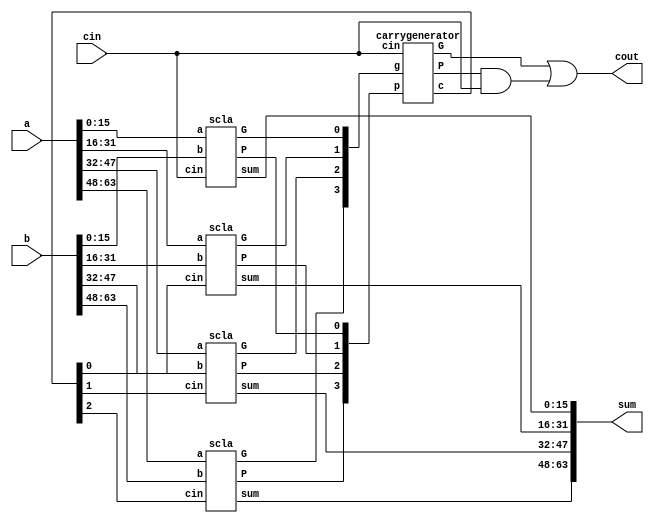
module sixtyfourbitscarrylookaheadadder(a,b,cin,sum,cout);
	input [63:0]a,b;
	input cin;
	output [63:0]sum;
	output cout;
	wire [3:1]c;
	wire [3:0]p,g;
	scla u1(a[15:0],b[15:0],cin,sum[15:0],p[0],g[0]);
	scla u2(a[31:16],b[31:16],c[1],sum[31:16],p[1],g[1]);
	scla u3(a[47:32],b[47:32],c[2],sum[47:32],p[2],g[2]);
	scla u4(a[63:48],b[63:48],c[3],sum[63:48],p[3],g[3]);
	carrygenerator u5(.p(p),.g(g),.cin(cin),.c(c),.P(P),.G(G));
	assign cout=G|(P&cin);
endmodule

module scla(a,b,cin,sum,P,G);
	input [15:0]a,b;
	input cin;
	output [15:0]sum;
	wire [3:1]c;
	wire [3:0]p,g;
	output P,G;
	fcla q1(a[3:0],b[3:0],cin,sum[3:0],p[0],g[0]);
	fcla q2(a[7:4],b[7:4],c[1],sum[7:4],p[1],g[1]);
	fcla q3(a[11:8],b[11:8],c[2],sum[11:8],p[2],g[2]);
	fcla q4(a[15:12],b[15:12],c[3],sum[15:12],p[3],g[3]);
	carrygenerator q5(.p(p),.g(g),.cin(cin),.c(c),.P(P),.G(G));
endmodule

module fcla(a,b,cin,sum,P,G);
	input [3:0]a,b;
	input cin;
	output [3:0]sum;
	output P,G;
	wire [3:0]p,g;
	wire [3:1]c;
	pfa o1(.a(a[0]),.b(b[0]),.cin(cin),.p(p[0]),.g(g[0]),.sum(sum[0]));
	pfa o2(.a(a[1]),.b(b[1]),.cin(c[1]),.p(p[1]),.g(g[1]),.sum(sum[1]));
	pfa o3(.a(a[2]),.b(b[2]),.cin(c[2]),.p(p[2]),.g(g[2]),.sum(sum[2]));
	pfa o4(.a(a[3]),.b(b[3]),.cin(c[3]),.p(p[3]),.g(g[3]),.sum(sum[3]));
	carrygenerator o5(.p(p),.g(g),.cin(cin),.c(c),.P(P),.G(G));
endmodule

module pfa(a,b,cin,p,g,sum);
	input a,b,cin;
	output p,g,sum;
	assign p=a^b;
	assign g=a&b;
	assign sum=a^b^cin;

endmodule

module carrygenerator(p,g,cin,c,P,G);
	input [3:0]p,g;
	input cin;
	output P,G;
	output [3:1]c;
	assign c[1]=g[0]|(p[0]&cin);
	assign c[2]=g[1]|(p[1]&(g[0]|(p[0]&cin)));
	assign c[3]=g[2]|(p[2]&(g[1]|(p[1]&(g[0]|(p[0]&cin)))));
	assign P=p[0]&p[1]&p[2]&p[3];
	assign G=g[3]|(p[3]&g[2])|(p[3]&p[2]&g[1])|(p[3]&p[2]&p[1]&g[0]);
endmodule